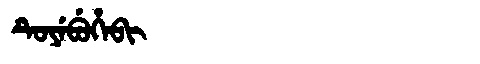
Manchu: ᡨᡠᠶᡝᠪᡠᡥᡝᠪᡳ
Romanization: TUYEBUHEBI